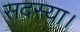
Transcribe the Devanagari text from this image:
सदस्या।